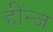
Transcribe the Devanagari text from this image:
हीन्ज